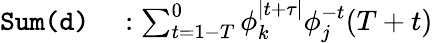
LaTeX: \begin{array}{rl}{\texttt{Sum}\texttt{(d)}}&{{}:\sum_{t=1-T}^{0}\phi_{k}^{\mid t+\tau\mid}\phi_{j}^{-t}(T+t)}\end{array}